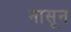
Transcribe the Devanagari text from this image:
नासून